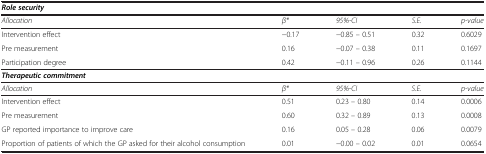
<table><thead><tr><td colspan="5"><b><i>Role security</i></b></td></tr></thead><tbody><tr><td><i>Allocation</i></td><td><i>β*</i></td><td><i>95%-CI</i></td><td><i>S.E.</i></td><td><i>p-value</i></td></tr><tr><td>Intervention effect</td><td>−0.17</td><td>−0.85 – 0.51</td><td>0.32</td><td>0.6029</td></tr><tr><td>Pre measurement</td><td>0.16</td><td>−0.07 – 0.38</td><td>0.11</td><td>0.1697</td></tr><tr><td>Participation degree</td><td>0.42</td><td>−0.11 – 0.96</td><td>0.26</td><td>0.1144</td></tr><tr><td colspan="5"><b><i>Therapeutic commitment</i></b></td></tr><tr><td><i>Allocation</i></td><td><i>β*</i></td><td><i>95%-CI</i></td><td><i>S.E.</i></td><td><i>p-value</i></td></tr><tr><td>Intervention effect</td><td>0.51</td><td>0.23 – 0.80</td><td>0.14</td><td>0.0006</td></tr><tr><td>Pre measurement</td><td>0.60</td><td>0.32 – 0.89</td><td>0.13</td><td>0.0008</td></tr><tr><td>GP reported importance to improve care</td><td>0.16</td><td>0.05 – 0.28</td><td>0.06</td><td>0.0079</td></tr><tr><td>Proportion of patients of which the GP asked for their alcohol consumption</td><td>0.01</td><td>−0.00 – 0.02</td><td>0.01</td><td>0.0654</td></tr></tbody></table>